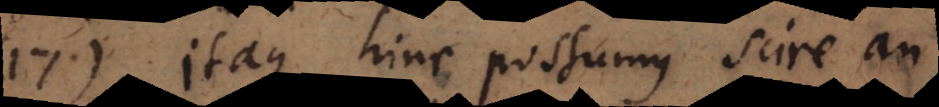
17) Itaque hinc possumus scire an